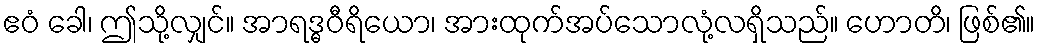
ဧဝံ ခေါ၊ ဤသို့လျှင်။ အာရဒ္ဓဝီရိယော၊ အားထုက်အပ်သောလုံ့လရှိသည်။ ဟောတိ၊ ဖြစ်၏။